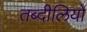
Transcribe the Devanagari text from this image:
तब्दीलियों